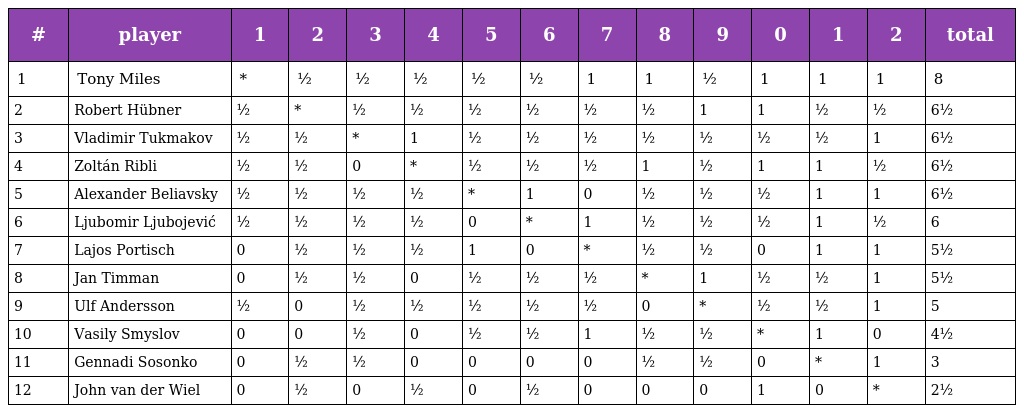
| # | player | 1 | 2 | 3 | 4 | 5 | 6 | 7 | 8 | 9 | 0 | 1 | 2 | total |
 | --- | --- | --- | --- | --- | --- | --- | --- | --- | --- | --- | --- | --- | --- | --- |
 | 1 | Tony Miles | * | ½ | ½ | ½ | ½ | ½ | 1 | 1 | ½ | 1 | 1 | 1 | 8 |
 | 2 | Robert Hübner | ½ | * | ½ | ½ | ½ | ½ | ½ | ½ | 1 | 1 | ½ | ½ | 6½ |
 | 3 | Vladimir Tukmakov | ½ | ½ | * | 1 | ½ | ½ | ½ | ½ | ½ | ½ | ½ | 1 | 6½ |
 | 4 | Zoltán Ribli | ½ | ½ | 0 | * | ½ | ½ | ½ | 1 | ½ | 1 | 1 | ½ | 6½ |
 | 5 | Alexander Beliavsky | ½ | ½ | ½ | ½ | * | 1 | 0 | ½ | ½ | ½ | 1 | 1 | 6½ |
 | 6 | Ljubomir Ljubojević | ½ | ½ | ½ | ½ | 0 | * | 1 | ½ | ½ | ½ | 1 | ½ | 6 |
 | 7 | Lajos Portisch | 0 | ½ | ½ | ½ | 1 | 0 | * | ½ | ½ | 0 | 1 | 1 | 5½ |
 | 8 | Jan Timman | 0 | ½ | ½ | 0 | ½ | ½ | ½ | * | 1 | ½ | ½ | 1 | 5½ |
 | 9 | Ulf Andersson | ½ | 0 | ½ | ½ | ½ | ½ | ½ | 0 | * | ½ | ½ | 1 | 5 |
 | 10 | Vasily Smyslov | 0 | 0 | ½ | 0 | ½ | ½ | 1 | ½ | ½ | * | 1 | 0 | 4½ |
 | 11 | Gennadi Sosonko | 0 | ½ | ½ | 0 | 0 | 0 | 0 | ½ | ½ | 0 | * | 1 | 3 |
 | 12 | John van der Wiel | 0 | ½ | 0 | ½ | 0 | ½ | 0 | 0 | 0 | 1 | 0 | * | 2½ |